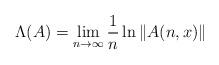
LaTeX: \begin{align*}\Lambda(A) = \lim_{n \to \infty} \frac{1}{n} \ln \|A(n,x)\|\end{align*}